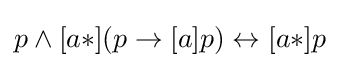
p\land [a*](p\to [a]p)\leftrightarrow [a*]p\,\!